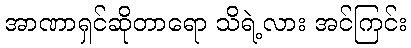
အာဏာရှင်ဆိုတာရော သိရဲ့လား အင်ကြင်း